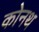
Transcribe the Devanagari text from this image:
कोनथ